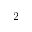
2 ^ { \circ }